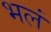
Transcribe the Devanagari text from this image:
भलं